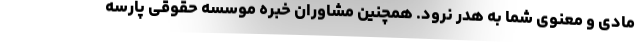
مادی و معنوی شما به هدر نرود. همچنین مشاوران خبره موسسه حقوقی پارسه